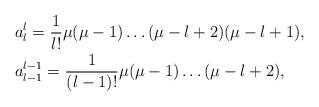
LaTeX: \begin{align*}& a^l_l=\frac{1}{l!}\mu(\mu-1)\dots (\mu-l+2)(\mu-l+1), \\& a^{l-1}_{l-1}=\frac{1}{(l-1)!}\mu(\mu-1)\dots (\mu-l+2), \end{align*}